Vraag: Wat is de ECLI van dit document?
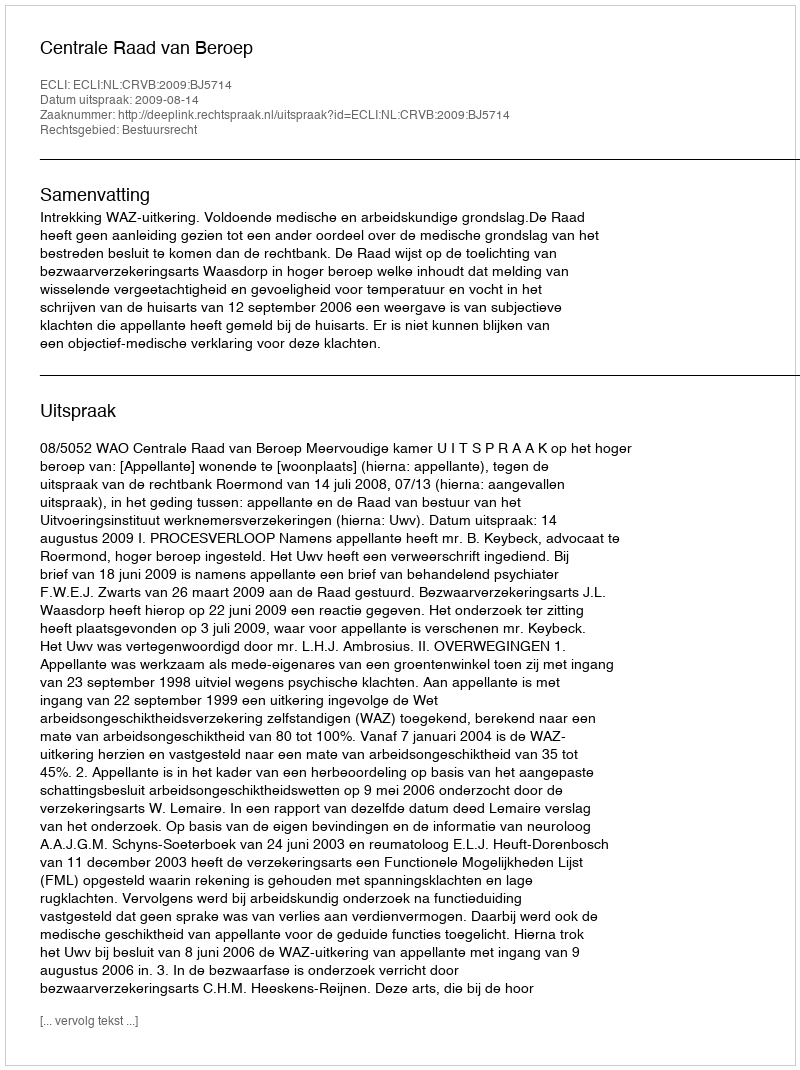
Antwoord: ECLI:NL:CRVB:2009:BJ5714